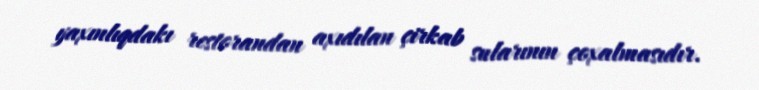
yaxınlıqdakı restorandan axıdılan çirkab sularının çoxalmasıdır.